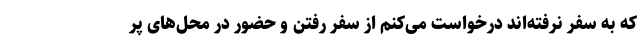
که به سفر نرفته‌اند درخواست می‌کنم از سفر رفتن و حضور در محل‌های پر